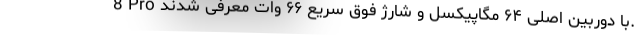
8 Pro با دوربین اصلی ۶۴ مگاپیکسل و شارژ فوق سریع ۶۶ وات معرفی شدند.